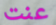
عنت